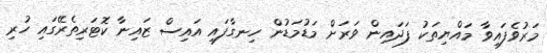
މަރުވެފައިވާ މައްޔިތަކު ފަދައިން ވަރަށް މަޑުމަޑުން ހިނގާފައި އައިސް ޒައިނާ ކޮޓަރިތެރޭގައި ހުރި